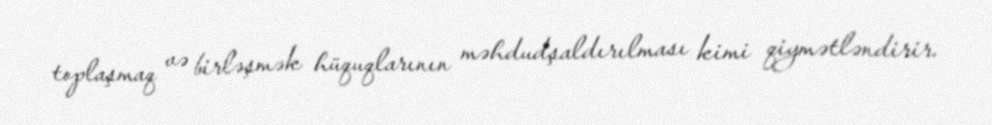
toplaşmaq və birləşmək hüquqlarının məhdudşaldırılması kimi qiymətləndirir.